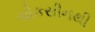
ચોકસીનથી